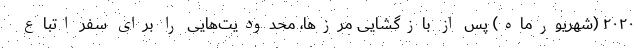
۲۰۲۰ (شهریورماه) پس از بازگشایی مرزها، محدودیت‌هایی را برای سفر اتباع